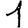
Digit: 1